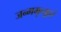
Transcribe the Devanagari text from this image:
जन्ममृत्युहरं